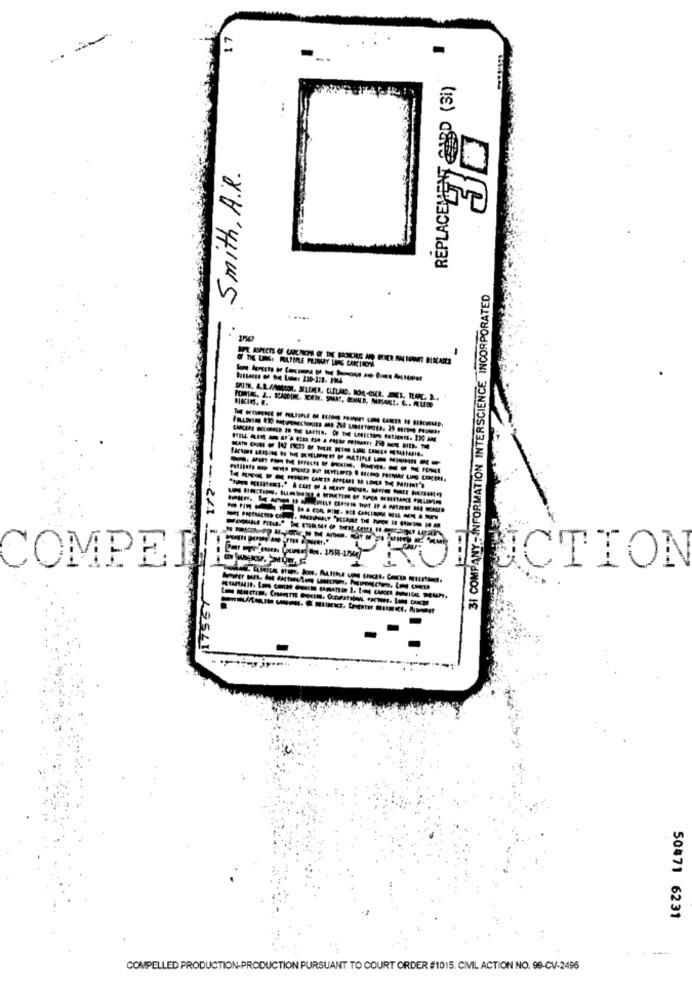
17
.
-
--
REPLACEMENT 2ABD (3i)
Smith, A.R.
.
PANY-INFORMATION INTERSCIENCE INCORPORATED
172 --
-
31 COMPANY
COMPER
UCTION
1756
50471 6231
COMPELLED PRODUCTION-PRODUCTION PURSUANT TO COURT ORDER #1015. CIVIL ACTION NO. 99-CV-2496